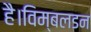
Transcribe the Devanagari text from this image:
है।विम्बलडन